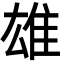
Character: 雄